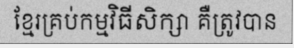
ខ្មែរគ្រប់កម្មវិធីសិក្សា គឺត្រូវបាន